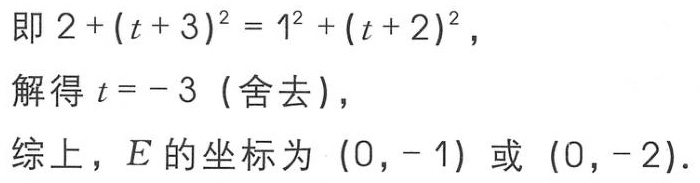
即 \(2+(t + 3)^{2}=1^{2}+(t + 2)^{2}\)，

解得 \(t = - 3\)（舍去），

综上，\(E\) 的坐标为 \((0,-1)\) 或 \((0,-2)\).